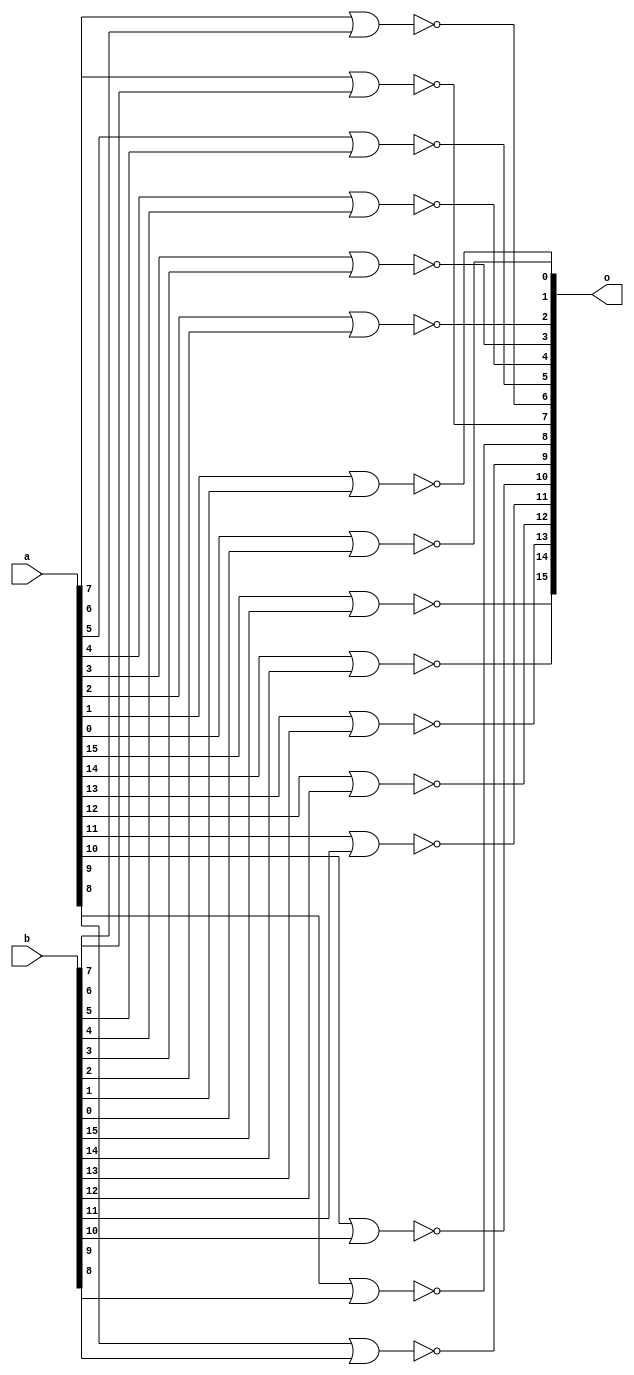
module array_nor_gate(output [0:15]o,input [0:15]a,b);
nor g1(o[0],a[0],b[0]);
nor g2(o[1],a[1],b[1]);
nor g3(o[2],a[2],b[2]);
nor g4(o[3],a[3],b[3]);
nor g5(o[4],a[4],b[4]);
nor g6(o[5],a[5],b[5]);
nor g7(o[6],a[6],b[6]);
nor g8(o[7],a[7],b[7]);
nor g9(o[8],a[8],b[8]);
nor gq(o[9],a[9],b[9]);
nor gw(o[10],a[10],b[10]);
nor ge(o[11],a[11],b[11]);
nor gr(o[12],a[12],b[12]);
nor gy(o[13],a[13],b[13]);
nor gt(o[14],a[14],b[14]);
nor gu(o[15],a[15],b[15]);
endmodule